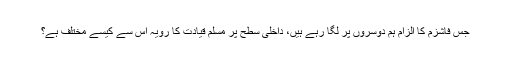
جس فاشزم کا الزام ہم دوسروں پر لگا رہے ہیں، داخلی سطح پر مسلم قیادت کا رویہ اس سے کیسے مختلف ہے؟